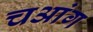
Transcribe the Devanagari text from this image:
चआंग